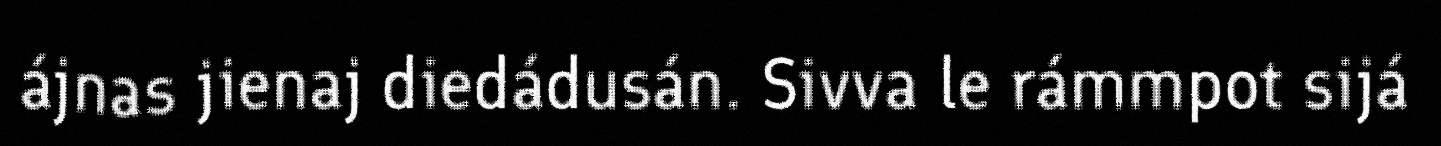
ájnas jienaj diedádusán. Sivva le rámmpot sijá